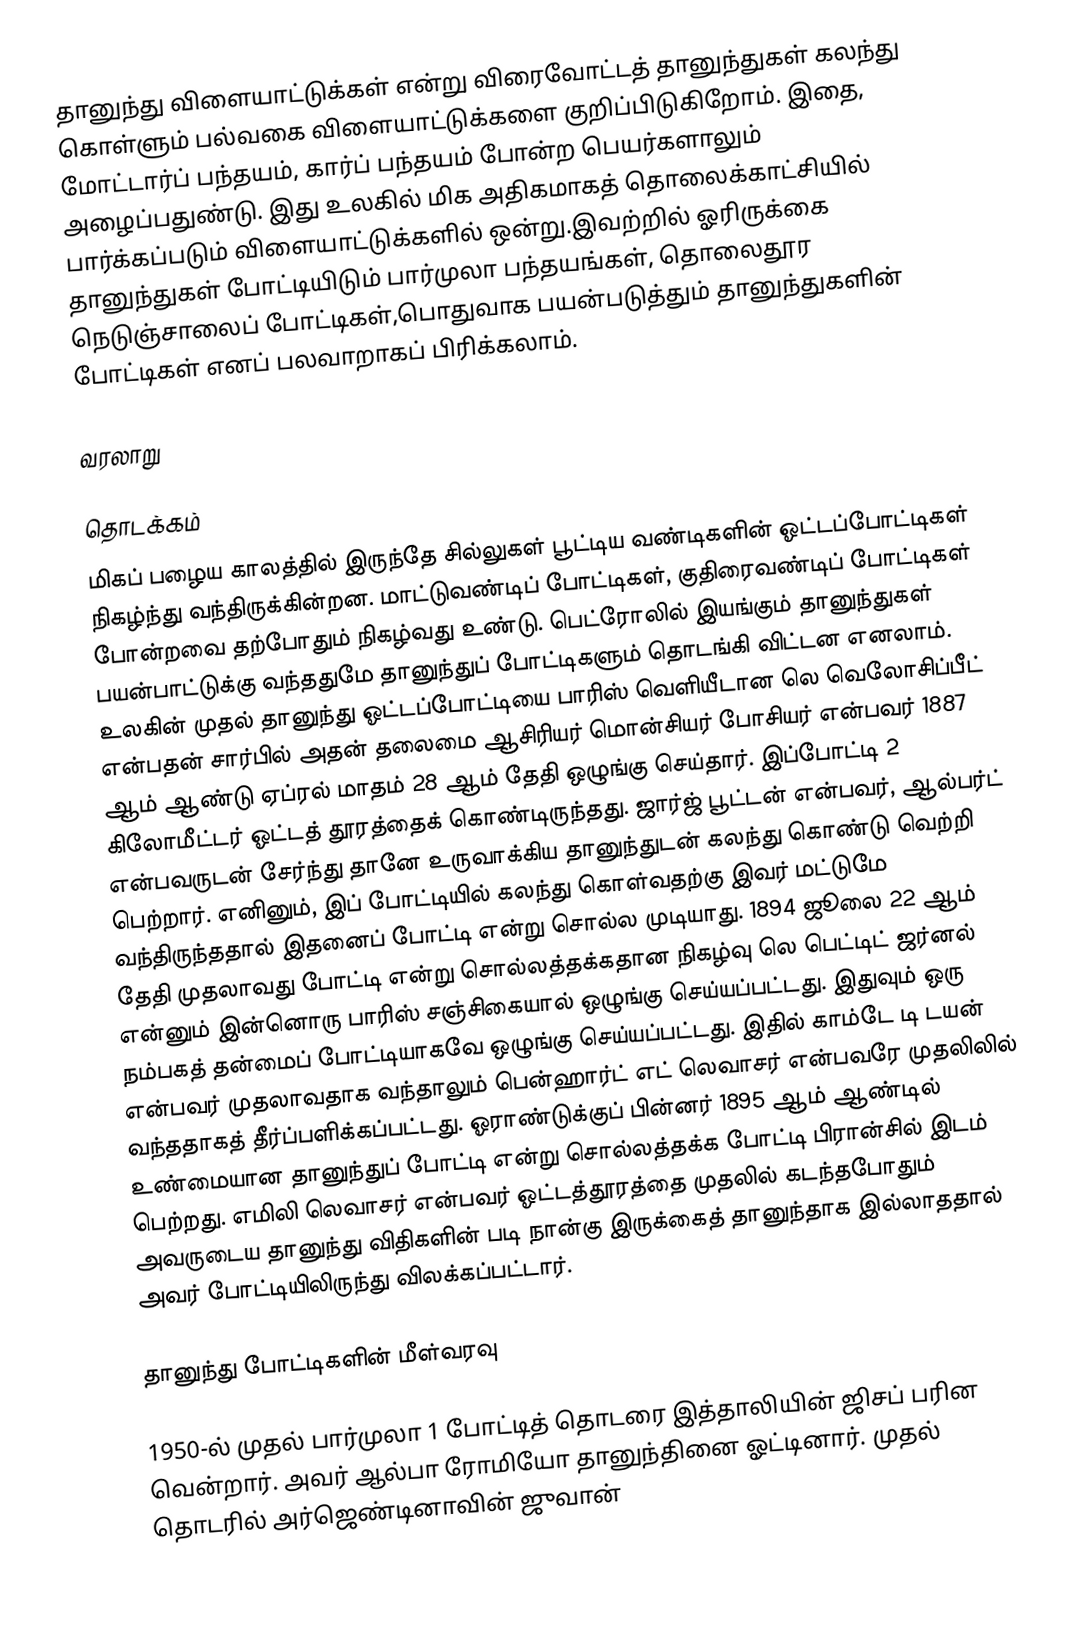
தானுந்து விளையாட்டுக்கள் என்று விரைவோட்டத் தானுந்துகள் கலந்து கொள்ளும் பல்வகை விளையாட்டுக்களை குறிப்பிடுகிறோம். இதை, மோட்டார்ப் பந்தயம்,  கார்ப் பந்தயம் போன்ற பெயர்களாலும் அழைப்பதுண்டு. இது உலகில் மிக அதிகமாகத் தொலைக்காட்சியில் பார்க்கப்படும் விளையாட்டுக்களில் ஒன்று.இவற்றில் ஓரிருக்கை தானுந்துகள் போட்டியிடும் பார்முலா பந்தயங்கள், தொலைதூர நெடுஞ்சாலைப் போட்டிகள்,பொதுவாக பயன்படுத்தும் தானுந்துகளின் போட்டிகள் எனப் பலவாறாகப் பிரிக்கலாம்.

வரலாறு

தொடக்கம்
மிகப் பழைய காலத்தில் இருந்தே சில்லுகள் பூட்டிய வண்டிகளின் ஓட்டப்போட்டிகள் நிகழ்ந்து வந்திருக்கின்றன. மாட்டுவண்டிப் போட்டிகள், குதிரைவண்டிப் போட்டிகள் போன்றவை தற்போதும் நிகழ்வது உண்டு. பெட்ரோலில் இயங்கும் தானுந்துகள் பயன்பாட்டுக்கு வந்ததுமே தானுந்துப் போட்டிகளும் தொடங்கி விட்டன எனலாம். உலகின் முதல் தானுந்து ஓட்டப்போட்டியை பாரிஸ் வெளியீடான லெ வெலோசிப்பீட் என்பதன் சார்பில் அதன் தலைமை ஆசிரியர் மொன்சியர் போசியர் என்பவர் 1887 ஆம் ஆண்டு ஏப்ரல் மாதம் 28 ஆம் தேதி ஒழுங்கு செய்தார்.   இப்போட்டி 2 கிலோமீட்டர் ஓட்டத் தூரத்தைக் கொண்டிருந்தது. ஜார்ஜ் பூட்டன் என்பவர், ஆல்பர்ட் என்பவருடன் சேர்ந்து தானே உருவாக்கிய தானுந்துடன் கலந்து கொண்டு வெற்றி பெற்றார். எனினும், இப் போட்டியில் கலந்து கொள்வதற்கு இவர் மட்டுமே வந்திருந்ததால் இதனைப் போட்டி என்று சொல்ல முடியாது. 1894 ஜூலை 22 ஆம் தேதி முதலாவது போட்டி என்று சொல்லத்தக்கதான நிகழ்வு லெ பெட்டிட் ஜர்னல் என்னும் இன்னொரு பாரிஸ் சஞ்சிகையால் ஒழுங்கு செய்யப்பட்டது. இதுவும் ஒரு நம்பகத் தன்மைப் போட்டியாகவே ஒழுங்கு செய்யப்பட்டது. இதில் காம்டே டி டயன் என்பவர் முதலாவதாக வந்தாலும் பென்ஹார்ட் எட் லெவாசர் என்பவரே முதலிலில் வந்ததாகத் தீர்ப்பளிக்கப்பட்டது. ஓராண்டுக்குப் பின்னர் 1895 ஆம் ஆண்டில் உண்மையான தானுந்துப் போட்டி என்று சொல்லத்தக்க போட்டி பிரான்சில் இடம் பெற்றது. எமிலி லெவாசர் என்பவர் ஓட்டத்தூரத்தை முதலில் கடந்தபோதும் அவருடைய தானுந்து விதிகளின் படி நான்கு இருக்கைத் தானுந்தாக இல்லாததால் அவர் போட்டியிலிருந்து விலக்கப்பட்டார்.

தானுந்து போட்டிகளின் மீள்வரவு

1950-ல் முதல் பார்முலா 1 போட்டித் தொடரை இத்தாலியின் ஜிசப் பரின வென்றார். அவர் ஆல்பா ரோமியோ தானுந்தினை ஓட்டினார். முதல் தொடரில் அர்ஜெண்டினாவின் ஜுவான்